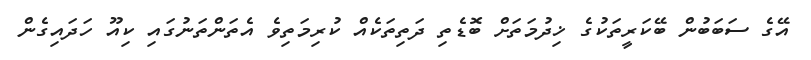
އޭގެ ސަބަބުން ބޭކަރީތަކުގެ ޚިދުމަތަށް ބޮޑެތި ދަތިތަކެއް ކުރިމަތިވެ އެތަންތަނުގައި ކިއޫ ހަދައިގެން